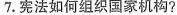
7.宪法如何组织国家机构?